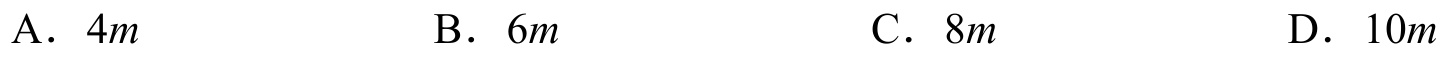
A．\(4m\)  \(\quad\)B．\(6m\)  \(\quad\)C．\(8m\)  \(\quad\)D．\(10m\)